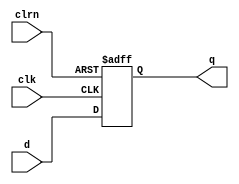
module dff5(d,clk,clrn,q
    );
	input [4:0] d;
	input clk,clrn;
	output [4:0] q;

    reg [4:0] q;
    always @ (negedge clrn or posedge clk) //clrnclkclrn=0q<=d
	 if(clrn==0)
	     begin
		      q<=0;
		  end
    else	
        begin		      
		      q<=d;
		  end	 
endmodule